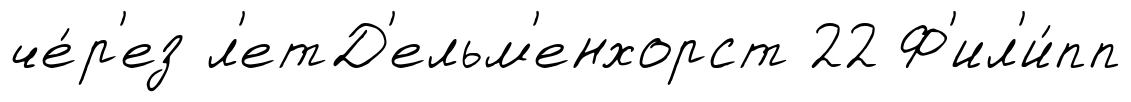
че́р'ез л'етД'ельм'енхорст 22 Ф'ил'и́пп